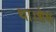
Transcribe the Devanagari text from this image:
था।शेष